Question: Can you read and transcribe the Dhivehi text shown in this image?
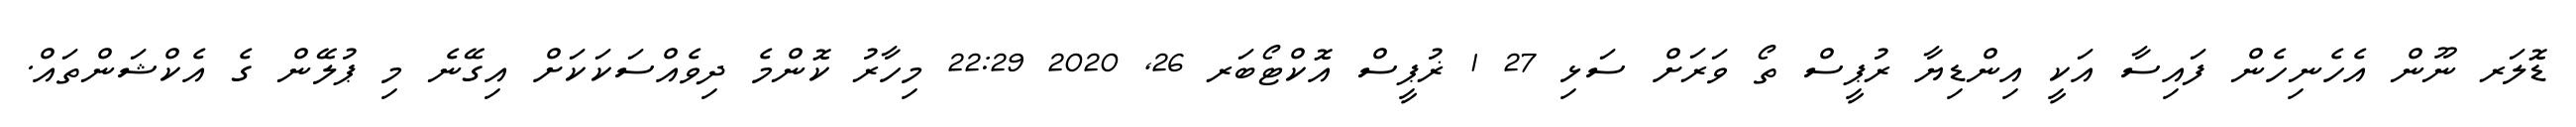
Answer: ޑޮލަރ ނޫން އެހެނިހެން ފައިސާ އަކީ އިންޑިޔާ ރުޕީސް ތޯ ވަރަށް ސަޅި 27 1 ޜުޕީސް އޮކްޓޯބަރ 26, 2020 22:29 މިހާރު ކޮންމެ ދިވެއްސަކަކަށް އިގޭނެ މި ޕުލޭން ގެ އެކްޝަންތައް.